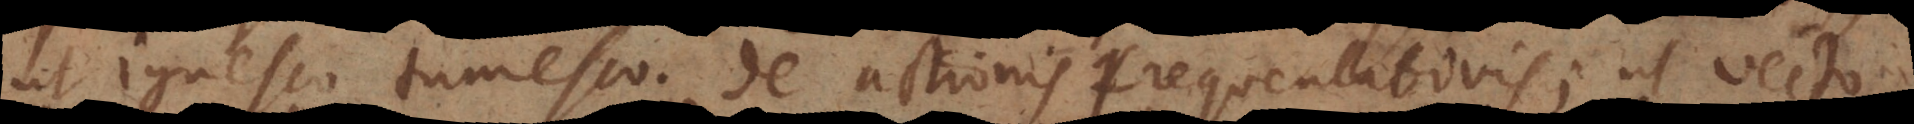
ut ignesco, tumesco. De actionis frequentativis; ut vecto